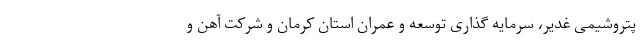
پتروشیمی غدیر، سرمایه گذاری توسعه و عمران استان کرمان و شرکت آهن و